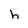
Character: h